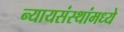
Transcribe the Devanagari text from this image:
न्यायसंस्थांमध्ये